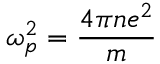
\omega _ { p } ^ { 2 } = { \frac { 4 \pi n e ^ { 2 } } { m } }